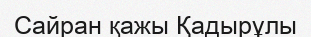
Сайран қажы Қадырұлы